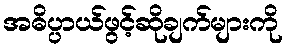
အဓိပ္ပာယ်ဖွင့်ဆိုချက်များကို